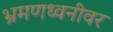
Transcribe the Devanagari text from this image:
भ्रमणध्वनीवर